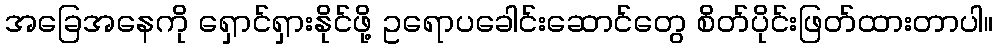
အခြေအနေကို ရှောင်ရှားနိုင်ဖို့ ဥရောပခေါင်းဆောင်တွေ စိတ်ပိုင်းဖြတ်ထားတာပါ။